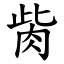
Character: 胔